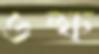
ওল্ফ